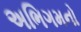
અભિગમનો